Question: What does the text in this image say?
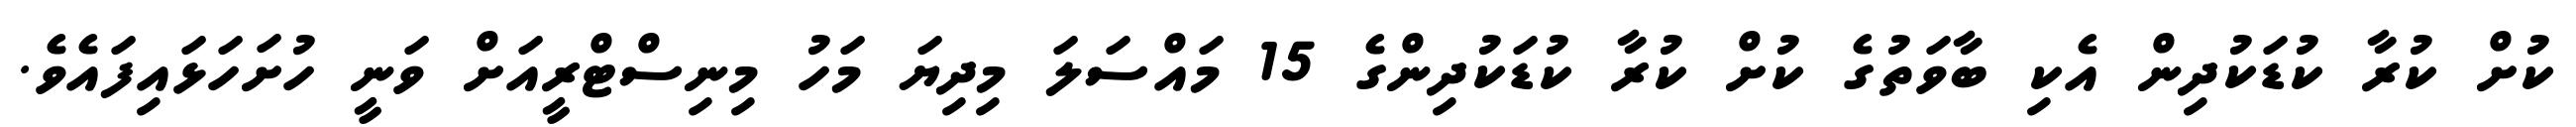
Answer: ކުށް ކުރާ ކުޑަކުދިން އެކި ބާވަތުގެ ކުށް ކުރާ ކުޑަކުދިންގެ 15 މައްސަލަ މިދިޔަ މަހު މިނިސްޓްރީއަށް ވަނީ ހުށަހަޅައިފައެވެ.